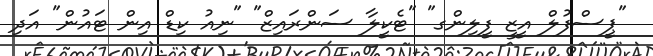
"ޕީސްފުލް އީޒީ ފީލިންގ" "ޓެކީލާ ސަންރައިޒް" "ނިއު ކިޑް އިން ޓައުން" އަދި